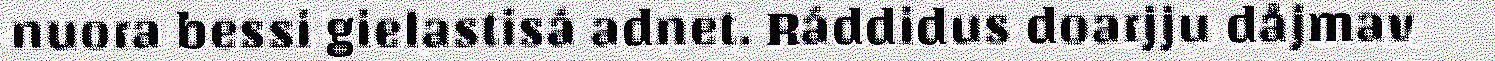
nuora bessi gielastisá adnet. Ráddidus doarjju dåjmav